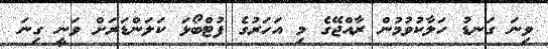
ވިނަ ގަނޑު ހަލާކުވުމުން ރާއްޖޭގެ މި އަހަރުގެ ފުޓްބޯޅަ ކަލަންޑަރަށް ވަނީ ގިނަ